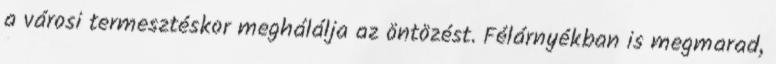
a városi termesztéskor meghálálja az öntözést. Félárnyékban is megmarad,